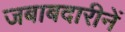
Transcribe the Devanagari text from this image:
जबाबदारीनें